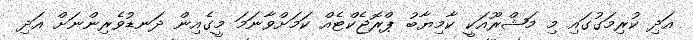
އަދި ކުރިމަގުގައި މި މަޝްރޫއަކީ ކާމިޔާބު ޕްރޮޖެކްޓެއް ކަމަށްވާނަމަ މީގެއިން ދަނޑުވެރިންނަށް އަދި